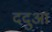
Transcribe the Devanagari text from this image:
ददुआ